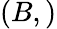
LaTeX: (B,)